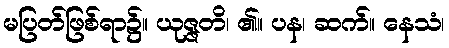
မပြတ်ဖြစ်ရာ၌။ ယုဇ္ဇတိ၊ ၏။ ပန၊ ဆက်။ နေသံ၊